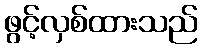
ဖွင့်လှစ်ထားသည်